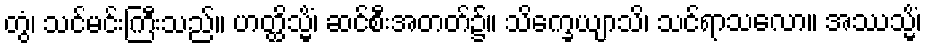
တွံ၊ သင်မင်းကြီးသည်။ ဟတ္ထိသ္မိံ၊ ဆင်စီးအတတ်၌။ သိက္ခေယျာသိ၊ သင်ရာသလော။ အဿသ္မိံ၊